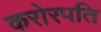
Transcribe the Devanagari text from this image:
करोरपति